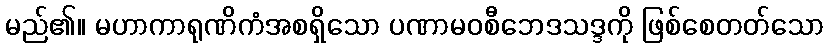
မည်၏။ မဟာကာရုဏိကံအစရှိသော ပဏာမဝစီဘေဒသဒ္ဒကို ဖြစ်စေတတ်သော